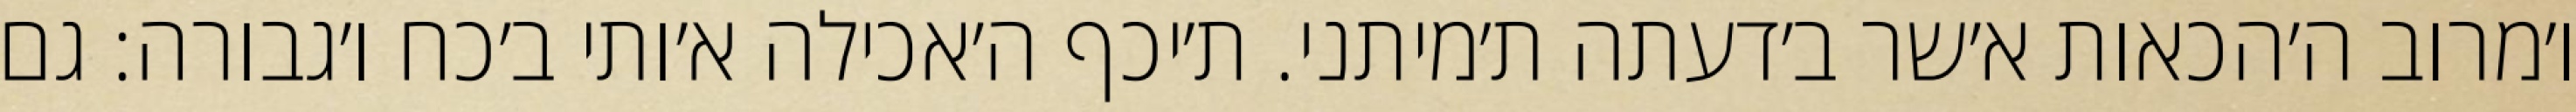
ו׳מרוב ה׳הכאות א׳שר ב׳דעתה ת׳מיתני. ת׳יכף ה׳אכילה א׳ותי ב׳כח ו׳גבורה: גם